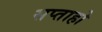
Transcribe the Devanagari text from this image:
सप्ताहो